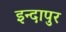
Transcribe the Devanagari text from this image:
इन्दापुर